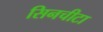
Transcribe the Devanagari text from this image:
सिनचीटा